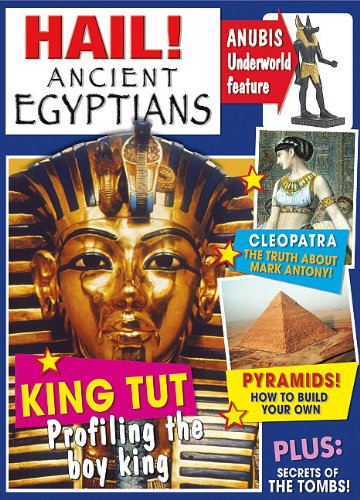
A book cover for Hail! Ancient Egyptians (Hail! History); Jen Green; Children's Books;